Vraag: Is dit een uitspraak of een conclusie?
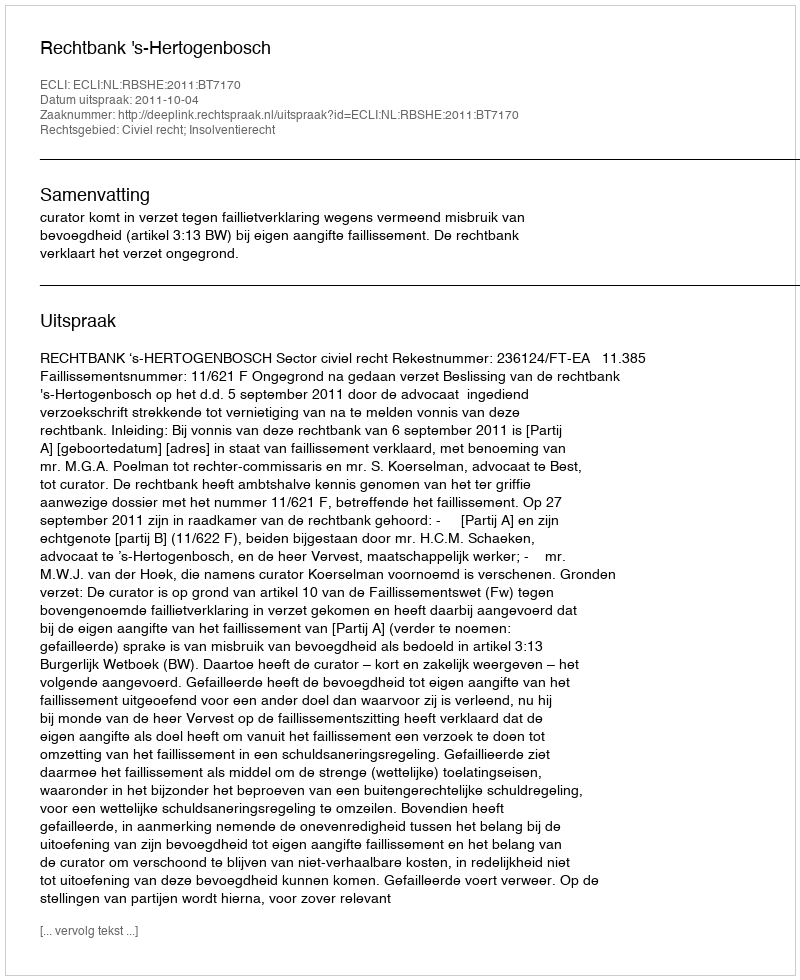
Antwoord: Uitspraak